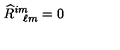
\widehat { R } _ { \phantom { i j } \ell m } ^ { i m } = 0